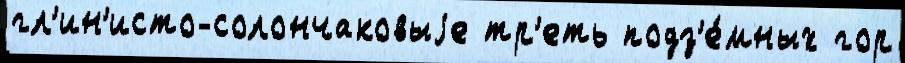
гл'ин'исто-солончаковыjе тр'еть подз'е́мных гор